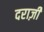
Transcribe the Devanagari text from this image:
दराज़ी